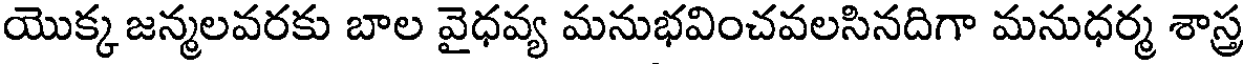
యొక్క జన్మలవరకు బాల వైధవ్య మనుభవించవలసినదిగా మనుధర్మ శాస్త్ర